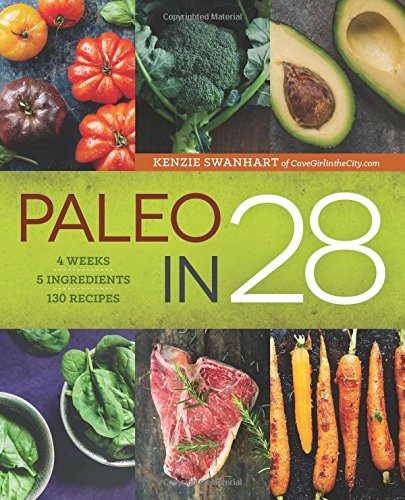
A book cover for Paleo in 28: 4 Weeks, 5 Ingredients, 130 Recipes; Kenzie Swanhart; Health, Fitness & Dieting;